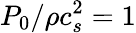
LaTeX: P_{0}/\rho c_{s}^{2}=1